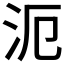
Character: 𣲣